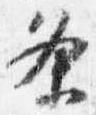
条